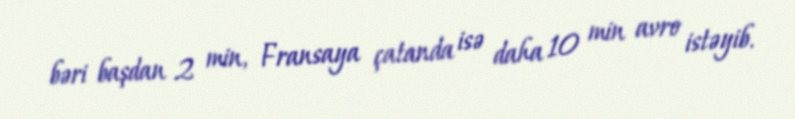
bəri başdan 2 min, Fransaya çatanda isə daha 10 min avro istəyib.